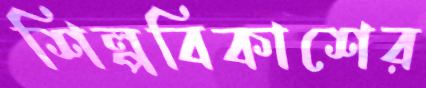
শিল্পবিকাশের